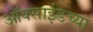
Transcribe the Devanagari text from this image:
ऑक्साईडच्या